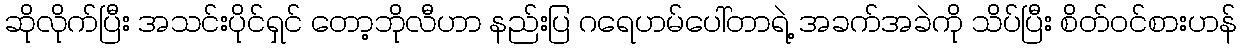
ဆိုလိုက်ပြီး အသင်းပိုင်ရှင် တော့ဘိုလီဟာ နည်းပြ ဂရေဟမ်ပေါ်တာရဲ့ အခက်အခဲကို သိပ်ပြီး စိတ်၀င်စားဟန်